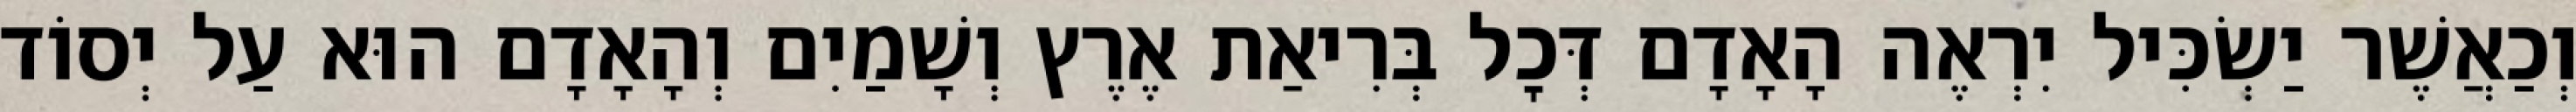
וְכַאֲשֶׁר יַשְׂכִּיל יִרְאֶה הָאָדָם דְּכׇל בְּרִיאַת אֶרֶץ וְשָׁמַיִם וְהָאָדָם הוּא עַל יְסוֹד